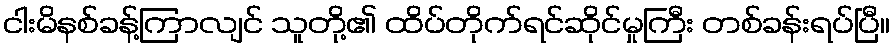
ငါးမိနစ်ခန့်ကြာလျင် သူတို့၏ ထိပ်တိုက်ရင်ဆိုင်မှုကြီး တစ်ခန်းရပ်ပြီ။